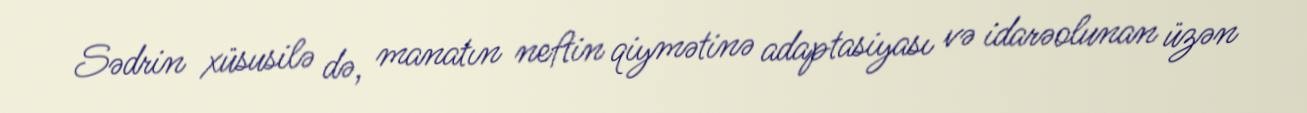
Sədrin xüsusilə də, manatın neftin qiymətinə adaptasiyası və idarəolunan üzən